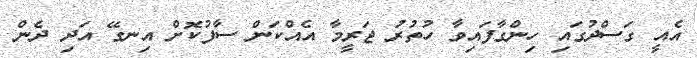
އެއީ ގަސްދުގައި ހިންގާފައިވާ ހުތުރު ޖަރީމާ އެއްކަން ސާފުކޮށް އިނގޭ އަދި ދެން